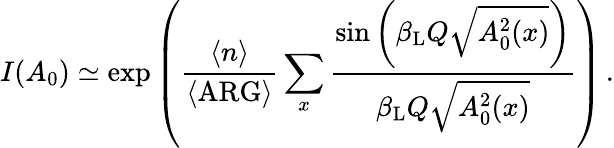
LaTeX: I(A_{0})\simeq\exp\left(\frac{\langle n\rangle}{\langle\mathrm{ARG}\rangle}\sum_{x}\frac{\sin\left(\beta_{\mathrm{L}}Q\sqrt{A_{0}^{2}(x)}\right)}{\beta_{\mathrm{L}}Q\sqrt{A_{0}^{2}(x)}}\right)\, .